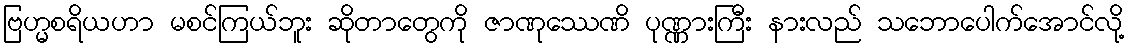
ဗြဟ္မစရိယဟာ မစင်ကြယ်ဘူး ဆိုတာတွေကို ဇာဏုဿေဏိ ပုဏ္ဏားကြီး နားလည် သဘောပေါက်အောင်လို့